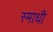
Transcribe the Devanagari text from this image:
स्माधी